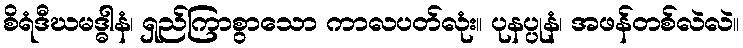
စိရံဒီဃမဒ္ဓါနံ၊ ရှည်ကြာစွာသော ကာလပတ်လုံး။ ပုနပ္ပုနံ၊ အဖန်တစ်လဲလဲ။